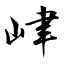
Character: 峍